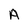
Character: A